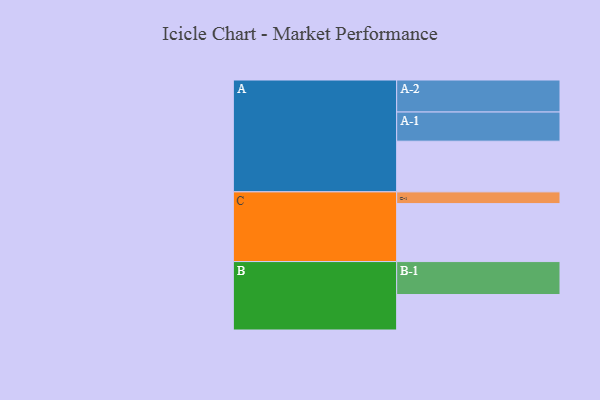
{"axis": {"x": "Segment", "y": "Value"}, "legend": ["", "A", "B", "C"], "data": [{"x": "A", "y": 440, "type": ""}, {"x": "B", "y": 308, "type": ""}, {"x": "C", "y": 503, "type": ""}, {"x": "A-1", "y": 253, "type": "A"}, {"x": "A-2", "y": 278, "type": "A"}, {"x": "B-1", "y": 286, "type": "B"}, {"x": "C-1", "y": 102, "type": "C"}]}